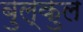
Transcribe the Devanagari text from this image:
बुल्कुल